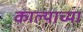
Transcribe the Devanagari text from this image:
काल्याच्या